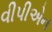
વીપીએન